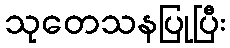
သုတေသနပြုပြီး